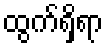
ထွက်ရှိရာ